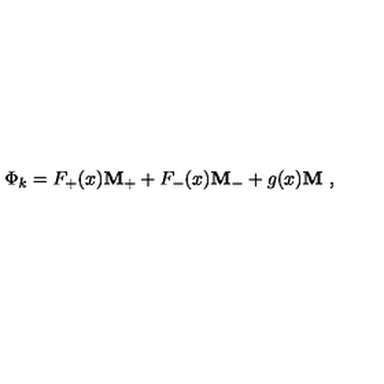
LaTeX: \Phi _ { k } = F _ { + } ( x ) { \bf M _ { + } } + F _ { - } ( x ) { \bf M _ { - } } + g ( x ) { \bf M } \ ,